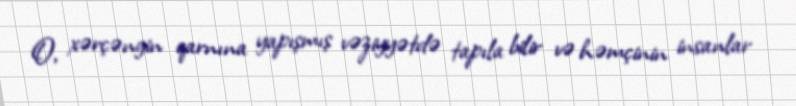
O, xərçəngin qarnına yapışmış vəziyyətdə tapıla bilir və həmçinin insanlar